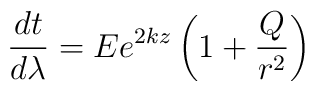
\frac{dt}{d\lambda}=Ee^{2kz} \left(1+\frac{Q}{r^2}\right)